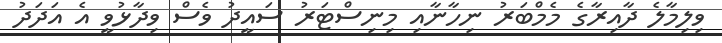
ވިލިމާލެ ދާއިރާގެ މެމްބަރު ނިހާނާއި މިނިސްޓަރު ސައީދު ވެސް ވިދާޅުވީ އެ އަދަދު